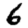
Digit: 6